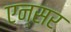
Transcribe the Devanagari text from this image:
एन्सर